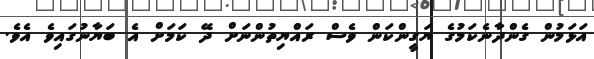
އަޅަމުން ގެންދާނެކަމުގެ ޔަގީންކަން ވެސް ރައްޔިތުންނަށް ދޭ ކަމަށް އެ ބަޔާނުގައިވެ އެވެ.